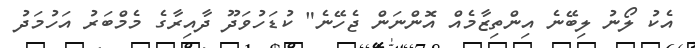
އެކު ލޯނު ލިބޭނެ އިންތިޒާމެއް އޮންނަން ޖެހޭނެ" ކުޑަހުވަދޫ ދާއިރާގެ މެމްބަރު އަހުމަދު